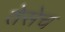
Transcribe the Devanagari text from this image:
तेसेच